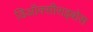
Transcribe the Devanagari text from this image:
डिऑक्सीराइबोस